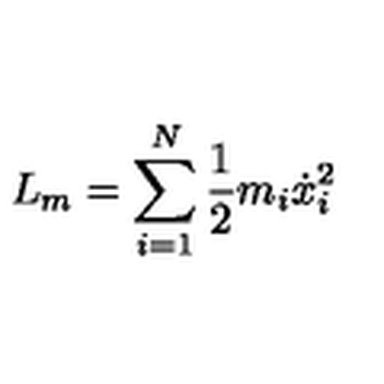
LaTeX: L _ { m } = \sum _ { i = 1 } ^ { N } \frac { 1 } { 2 } m _ { i } \dot { x } _ { i } ^ { 2 }